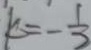
k = - \frac { 1 } { 3 }